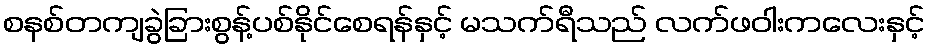
စနစ်တကျခွဲခြားစွန့်ပစ်နိုင်စေရန်နှင့် မသက်ရီသည် လက်ဖဝါးကလေးနှင့်